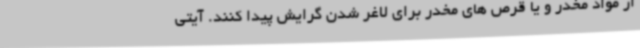
از مواد مخدر و یا قرص های مخدر برای لاغر شدن گرایش پیدا کنند. آیتی